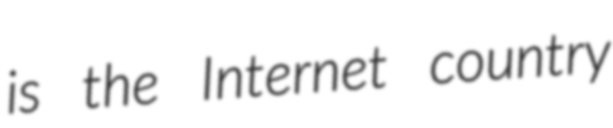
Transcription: is the Internet country